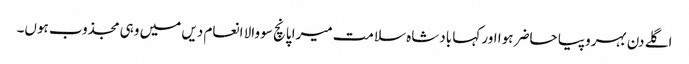
اگلے دن بہروپیا حاضر ہوا اور کہا بادشاہ سلامت میرا پانچ سو والا انعام دیں میں وہی مجذوب ہوں۔